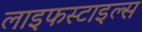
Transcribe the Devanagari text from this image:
लाइफस्टाइल्स